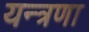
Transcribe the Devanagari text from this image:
यन्त्रणा